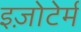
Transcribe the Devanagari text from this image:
इज़ोटेर्म